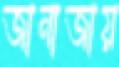
জানাজায়